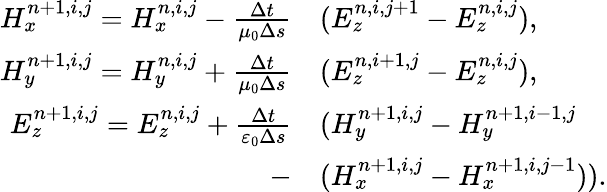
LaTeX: \begin{array}{rl}{H_{x}^{n+1,i,j}=H_{x}^{n,i,j}-\frac{\Delta t}{\mu_{0}\Delta s}}&{{}(E_{z}^{n,i,j+1}-E_{z}^{n,i,j}),}\\ {H_{y}^{n+1,i,j}=H_{y}^{n,i,j}+\frac{\Delta t}{\mu_{0}\Delta s}}&{{}(E_{z}^{n,i+1,j}-E_{z}^{n,i,j}),}\\ {E_{z}^{n+1,i,j}=E_{z}^{n,i,j}+\frac{\Delta t}{\varepsilon_{0}\Delta s}}&{{}(H_{y}^{n+1,i,j}-H_{y}^{n+1,i-1,j}}\\ {-}&{{}(H_{x}^{n+1,i,j}-H_{x}^{n+1,i,j-1})).}\end{array}